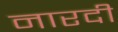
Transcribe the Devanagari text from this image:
नारदी